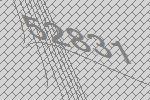
52831